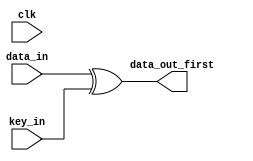
`timescale 1ns / 1ps

module init_round(clk,data_in,key_in,data_out_first);
input clk;
input [127:0] data_in;
input [127:0] key_in;
output [127:0] data_out_first;

wire [127:0] data_out_first;

assign data_out_first= data_in ^ key_in;
endmodule